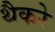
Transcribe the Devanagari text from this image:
थैैकरे